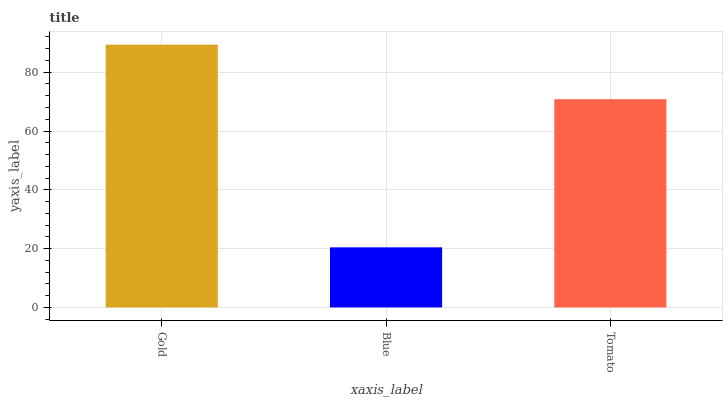
| xaxis_label | bars |
 | --- | --- |
 | Gold | 89.4 |
 | Blue | 20.4 |
 | Tomato | 70.8 |